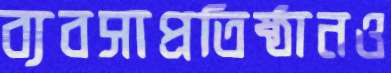
ব্যবসাপ্রতিষ্ঠানও